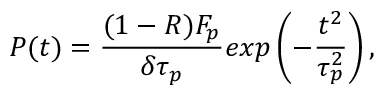
P ( t ) = \frac { ( 1 - R ) F _ { p } } { \delta \tau _ { p } } e x p \left( - \frac { t ^ { 2 } } { \tau _ { p } ^ { 2 } } \right) ,